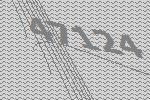
47124